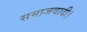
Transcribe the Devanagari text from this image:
समाजवादी।